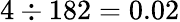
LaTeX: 4\div 182=0.02